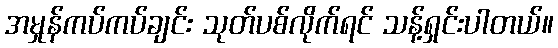
အမှုန်ကပ်ကပ်ချင်း သုတ်ပစ်လိုက်ရင် သန့်ရှင်းပါတယ်။